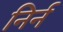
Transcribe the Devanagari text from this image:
निर्न